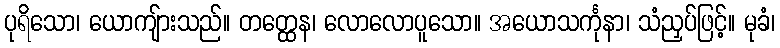
ပုရိသော၊ ယောကျ်ားသည်။ တတ္ထေန၊ လောလောပူသော။ အယောသင်္ကုနာ၊ သံညှပ်ဖြင့်။ မုခံ၊